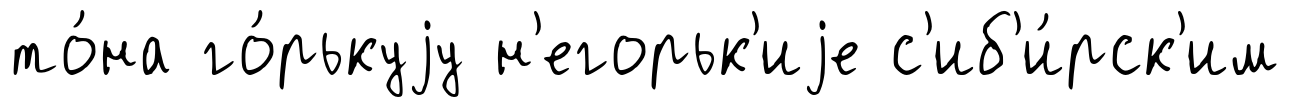
то́на го́рькуjу н'егорьк'иjе с'иб'и́рск'им